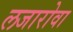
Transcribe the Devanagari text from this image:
लजारोवा